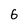
Character: 6